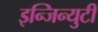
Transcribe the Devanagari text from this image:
इन्जिन्युटी